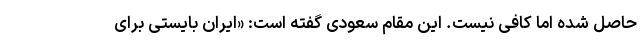
حاصل شده اما کافی نیست. این مقام سعودی گفته است: «ایران بایستی برای